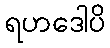
ရဟဒေါပိ